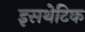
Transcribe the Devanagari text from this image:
इसथेटिक